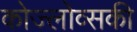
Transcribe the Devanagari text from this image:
कोज्लोव्सकी